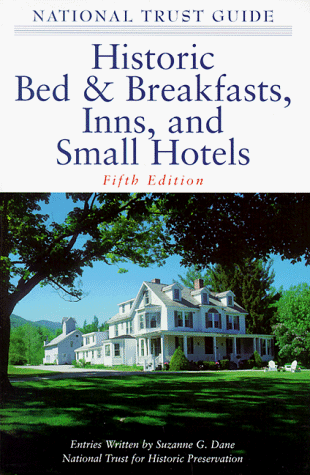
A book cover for The National Trust Guide to Historic Bed & Breakfasts, Inns and Small Hotels (National Trust Guide to Historic Bed and Breakfasts, Inns and Small Hotels); National Trust for Historic Preservation; Travel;